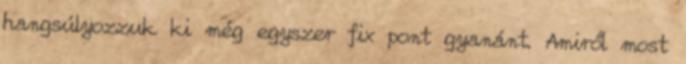
hangsúlyozzuk ki még egyszer fix pont gyanánt. Amiről most